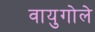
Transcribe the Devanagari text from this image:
वायुगोले